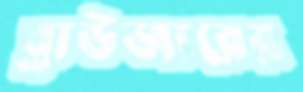
ব্রাউজারের